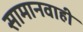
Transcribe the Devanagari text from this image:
सामानवाही